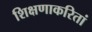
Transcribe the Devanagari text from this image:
शिक्षणाकरितां